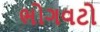
ભોગવટો